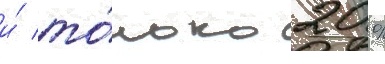
и́ то́лько 20 %